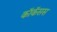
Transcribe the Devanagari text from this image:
कॉकॅसस